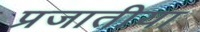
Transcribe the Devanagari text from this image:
प्रजातीया